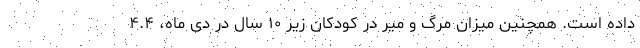
داده است. همچنین میزان مرگ و میر در کودکان زیر ۱۰ سال در دی ماه، ۴.۴